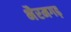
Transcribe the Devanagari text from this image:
भैरमगढ़